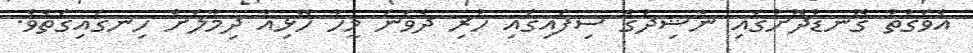
އެވަގުތު ގޮނޑުދޮށުގައި ނާޝިދުގެ ސިފައިގައިި ހުރި ދެވަނަ މީހާ ހޭޅިއާ ދިމާލަށް ހިނގައިގަތެވެ.